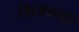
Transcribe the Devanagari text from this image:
शिअनयौ